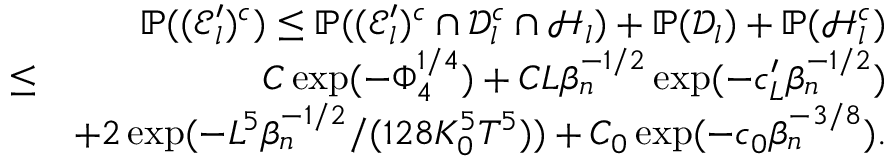
\begin{array} { r l r } & { } & { \mathbb { P } ( ( \mathscr { E } _ { l } ^ { \prime } ) ^ { c } ) \leq \mathbb { P } ( ( \mathscr { E } _ { l } ^ { \prime } ) ^ { c } \cap \mathcal { D } _ { l } ^ { c } \cap \mathcal { H } _ { l } ) + \mathbb { P } ( \mathcal { D } _ { l } ) + \mathbb { P } ( \mathcal { H } _ { l } ^ { c } ) } \\ & { \leq } & { C \exp ( - \Phi _ { 4 } ^ { 1 \slash 4 } ) + C L \beta _ { n } ^ { - 1 \slash 2 } \exp ( - c _ { L } ^ { \prime } \beta _ { n } ^ { - 1 \slash 2 } ) } \\ & { } & { + 2 \exp ( - L ^ { 5 } \beta _ { n } ^ { - 1 \slash 2 } \slash ( 1 2 8 K _ { 0 } ^ { 5 } T ^ { 5 } ) ) + C _ { 0 } \exp ( - c _ { 0 } \beta _ { n } ^ { - 3 \slash 8 } ) . } \end{array}